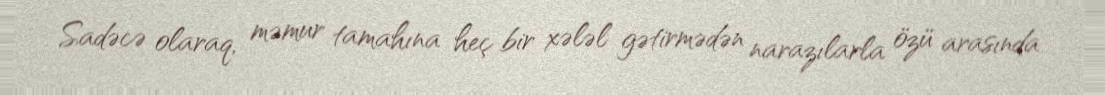
Sadəcə olaraq, məmur tamahına heç bir xələl gətirmədən narazılarla özü arasında